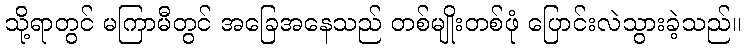
သို့ရာတွင် မကြာမီတွင် အခြေအနေသည် တစ်မျိုးတစ်ဖုံ ပြောင်းလဲသွားခဲ့သည်။